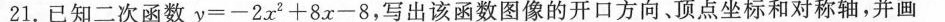
21.已知二次函数y=-2x^{2}+8x-8，写出该函数图像的开口方向,顶点坐标和对称轴，并画